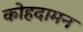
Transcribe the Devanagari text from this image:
कोहदामन